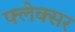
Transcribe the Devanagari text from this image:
फ्लेक्सर